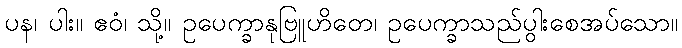
ပန၊ ပါး။ ဧဝံ၊ သို့။ ဥပေက္ခာနုဗြူဟိတေ၊ ဥပေက္ခာသည်ပွါးစေအပ်သော။